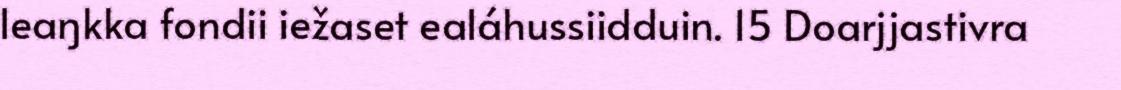
leaŋkka fondii iežaset ealáhussiidduin. 15 Doarjjastivra